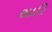
સારિ